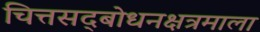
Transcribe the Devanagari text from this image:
चित्तसद्बोधनक्षत्रमाला